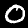
Label: 0